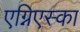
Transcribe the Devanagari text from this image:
एग्निएस्का